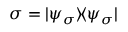
\sigma = | \psi _ { \sigma } \rangle \! \langle \psi _ { \sigma } |